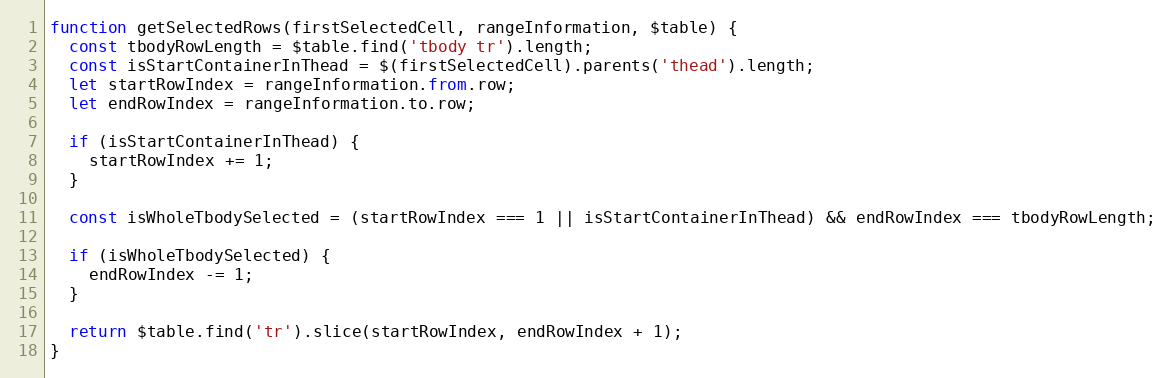
Language: JavaScript
function getSelectedRows(firstSelectedCell, rangeInformation, $table) {
  const tbodyRowLength = $table.find('tbody tr').length;
  const isStartContainerInThead = $(firstSelectedCell).parents('thead').length;
  let startRowIndex = rangeInformation.from.row;
  let endRowIndex = rangeInformation.to.row;

  if (isStartContainerInThead) {
    startRowIndex += 1;
  }

  const isWholeTbodySelected = (startRowIndex === 1 || isStartContainerInThead) && endRowIndex === tbodyRowLength;

  if (isWholeTbodySelected) {
    endRowIndex -= 1;
  }

  return $table.find('tr').slice(startRowIndex, endRowIndex + 1);
}